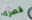
قصره